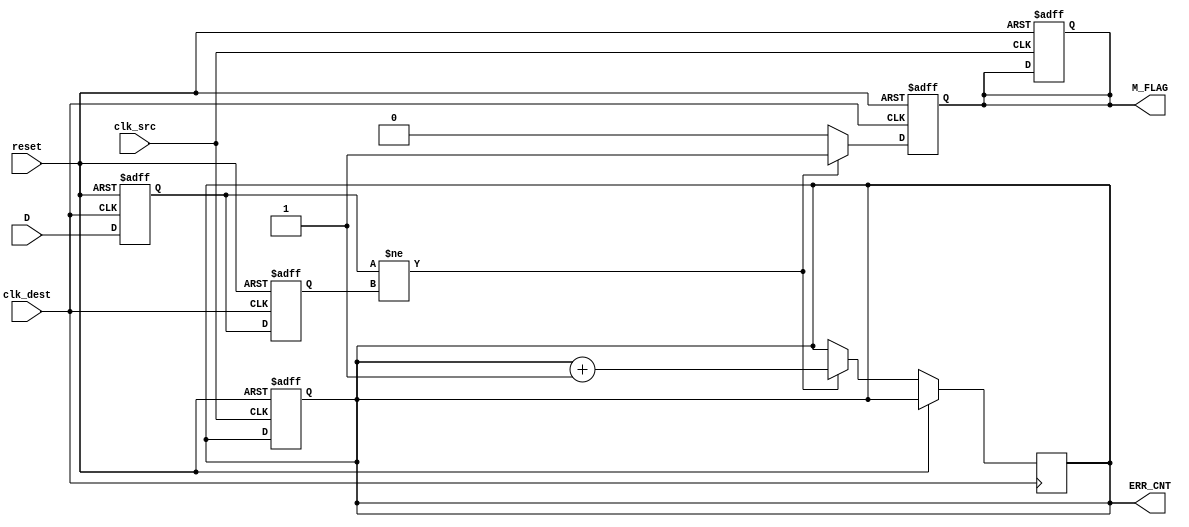
module cdc_detector (
    input wire clk_src,           // Source clock
    input wire clk_dest,          // Destination clock
    input wire reset,             // Asynchronous reset
    input wire D,                 // Data signal to be monitored
    output reg M_FLAG,            // Metastability flag
    output reg [31:0] ERR_CNT     // Error counter
);
    
    reg Q1;                       // First flip-flop output
    reg Q2;                       // Second flip-flop output

    // Asynchronous reset for error counter and metastability flag
    always @(posedge clk_src or posedge reset) begin
        if (reset) begin
            ERR_CNT <= 32'b0;
            M_FLAG <= 1'b0;
        end
    end

    // Sampling logic in destination clock domain
    always @(posedge clk_dest or posedge reset) begin
        if (reset) begin
            Q1 <= 1'b0;
            Q2 <= 1'b0;
            M_FLAG <= 1'b0;
        end else begin
            Q1 <= D;               // Sample D in clk_dest domain
            Q2 <= Q1;              // Sample Q1 in clk_dest domain

            // Check for metastability
            if (Q1 != Q2) begin
                M_FLAG <= 1'b1;    // Set metastability flag
                ERR_CNT <= ERR_CNT + 1; // Increment error counter
            end else begin
                M_FLAG <= 1'b0;     // Clear metastability flag
            end
        end
    end

endmodule